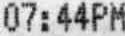
07:44PM